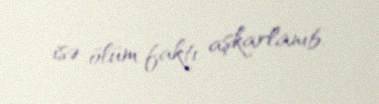
isə ölüm faktı aşkarlanıb.